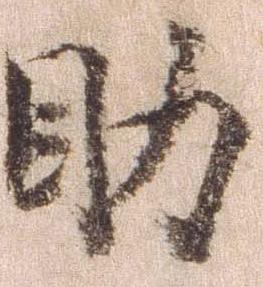
助